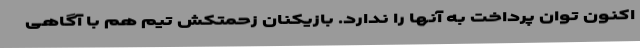
اکنون توان پرداخت به آنها را ندارد. بازیکنان زحمتکش تیم هم با آگاهی